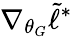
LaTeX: \nabla_{\theta_{G}}\tilde{\ell}^{*}